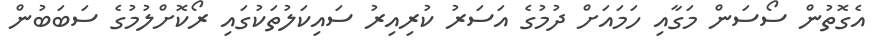
އެގޮތުން ސޯސަން މަގާއި ހަމައަށް ދުމުގެ އަސަރު ކުރިއިރު ސައިކަލުތަކުގައި ރޯކޮށްލުމުގެ ސަބަބުން